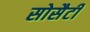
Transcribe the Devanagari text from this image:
सोसैटी